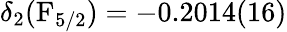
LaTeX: \delta_{2}(\mathrm{F}_{5/2})=-0.2014(16)